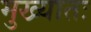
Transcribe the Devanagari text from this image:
मुख्यातः